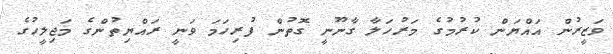
ވަޒީރުން އައްޔަން ކުރުމުގެ މަރުހަލާ ގާނޫނީ ގޮތުން ފުރިހަމަ ވަނީ ރައްޔިތުންގެ މަޖިލީހުގެ